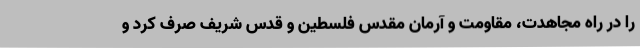
را در راه مجاهدت، مقاومت و آرمان مقدس فلسطین و قدس شریف صرف کرد و